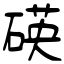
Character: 碤